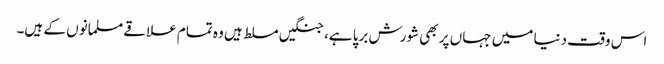
اس وقت دنیا میں جہاں پر بھی شورش برپا ہے، جنگیں مسلط ہیں وہ تمام علاقے مسلمانوں کے ہیں۔